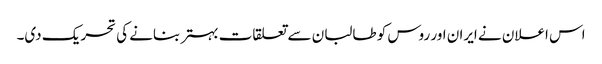
اس اعلان نے ایران اور روس کو طالبان سے تعلقات بہتر بنانے کی تحریک دی۔